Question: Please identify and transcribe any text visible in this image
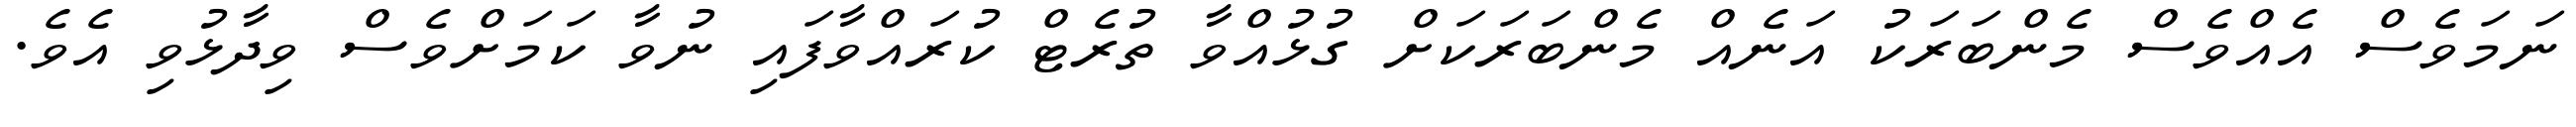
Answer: ނަމަވެސް އެއްވެސް މެންބަރަކު އަނެއް މެންބަރަކަށް ގުޅުއްވާ ތުރެޓް ކުރައްވާފައި ނުވާ ކަމަށްވެސް ވިދާޅުވި އެވެ.